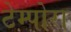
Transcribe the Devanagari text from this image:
टेम्पोरा